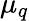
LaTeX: \mu_{q}